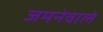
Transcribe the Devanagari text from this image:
जमनेवाले